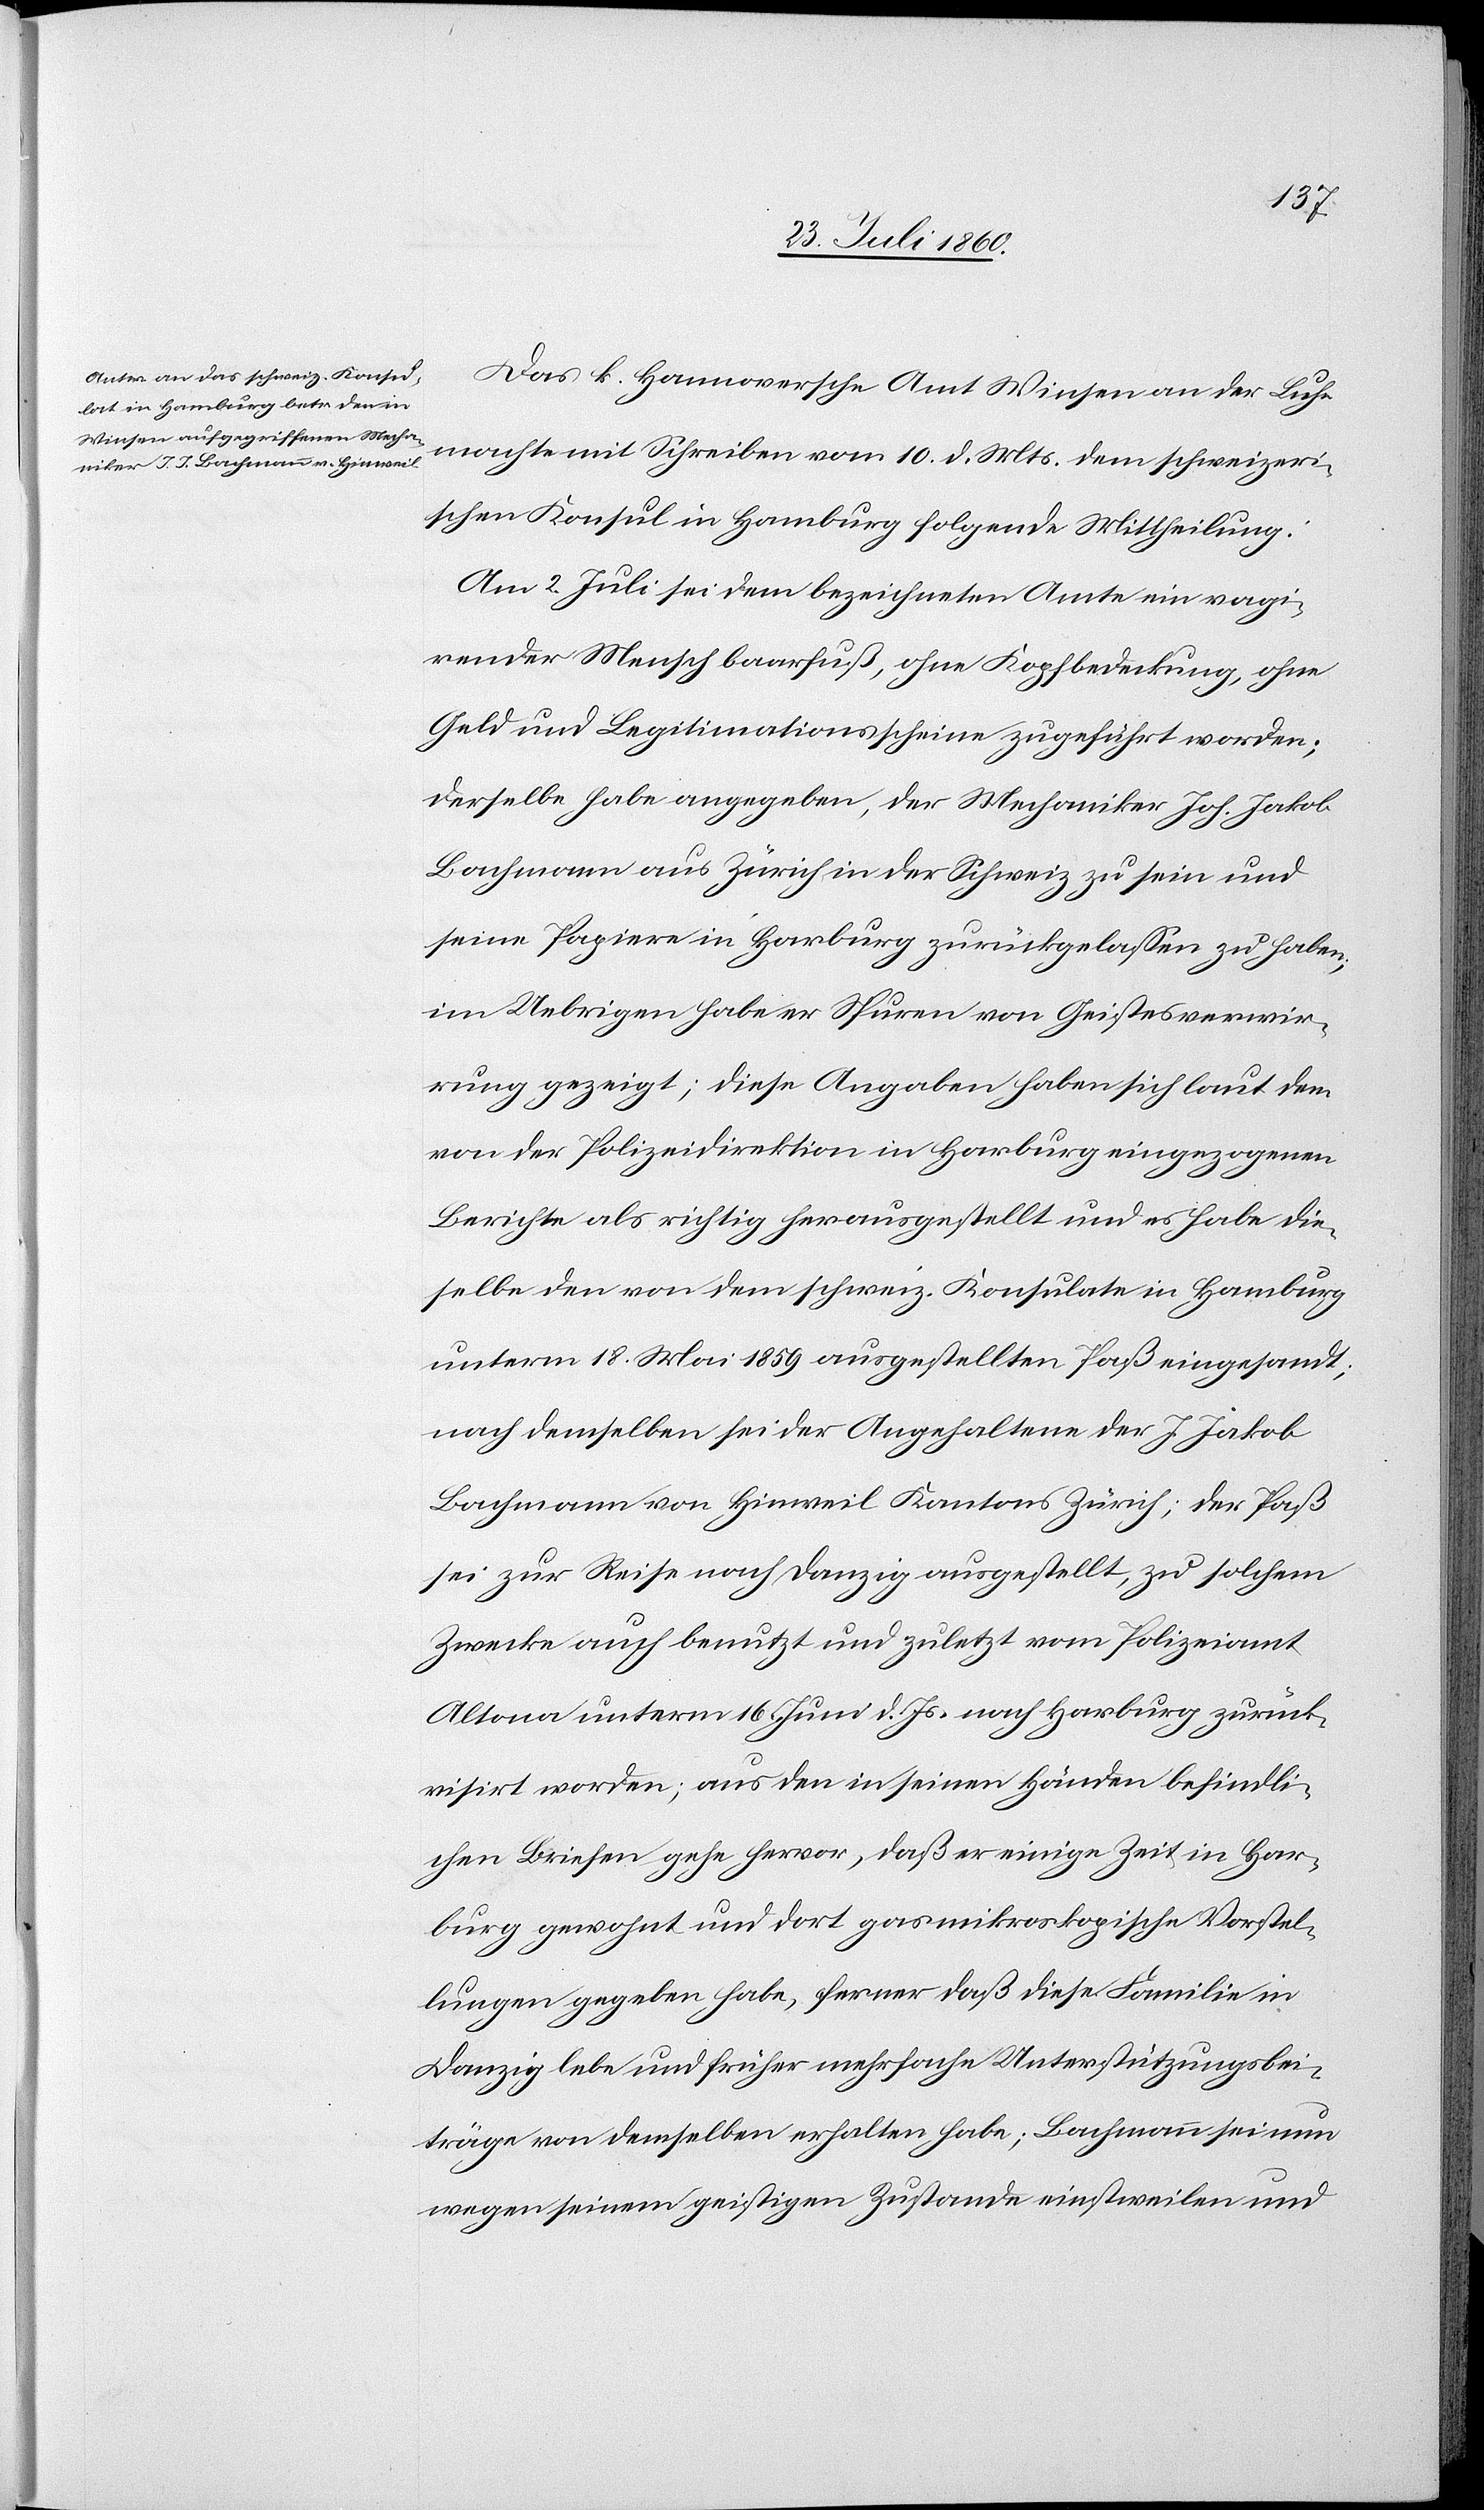
Das k. Hannoversche Amt Winsen an der Luhe
macht mit Schreiben vom 10. d. Mts. dem schweizeri¬
schen Konsul in Hamburg folgende Mittheilung:
Am 2. Juli sei dem bezeichneten Amte ein vagi¬
render Mensch baarfuss, ohne Kopfbedeckung, ohne
Geld und Legitimationsscheine zugeführt worden,
derselbe habe angegeben, der Mechaniker Joh. Jakob
Bachmann aus Zürich in der Schweiz zu sein und
seine Papiere in Harburg zurückgelassen zu haben;
im Uebrigen habe er Spuren von Geistesverwir¬
rung gezeigt; diese Angaben haben sich laut dem
von der Polizeidirektion in Harburg eingezogenen
Berichte als richtig herausgestellt und es habe die¬
selbe den von dem schweiz. Konsulate Hamburg
unterm 18. Mai 1859 ausgestellten Paß eingesandt;
nach demselben sei der Angehaltene der J. Jakob
Bachmann von Hinweil, Kantons Zürich; Der Pass
sei zur Reise nach Danzig ausgestellt, zu solchem
Zwecke auch benutzt und zuletzt vom Polizeiamt
Altona unterm 16. Juni d. Js. nach Harburg zurück¬
visirt worden; aus den in seinen Händen befindli¬
chen Briefen gehe hervor, dass er einige Zeit in Har¬
burg gewohnt und dort gasmikroskopische Vorstel¬
lungen gegeben habe, ferner dass diese Familie in
Danzig lebe und früher mehrfache Unterstützungsbei¬
träge von demselben erhalten habe; Bachmann sei nun
wegen seinem geistigen Zustande einstweilen und